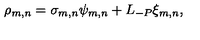
\rho _ { m , n } = \sigma _ { m , n } \psi _ { m , n } + L _ { - P } \xi _ { m , n } ,